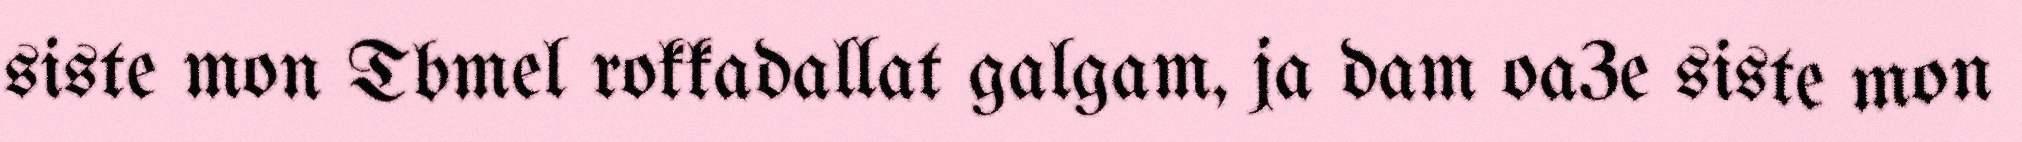
siste mon Tbmel rokkadallat galgam, ja dam oa3e siste mon